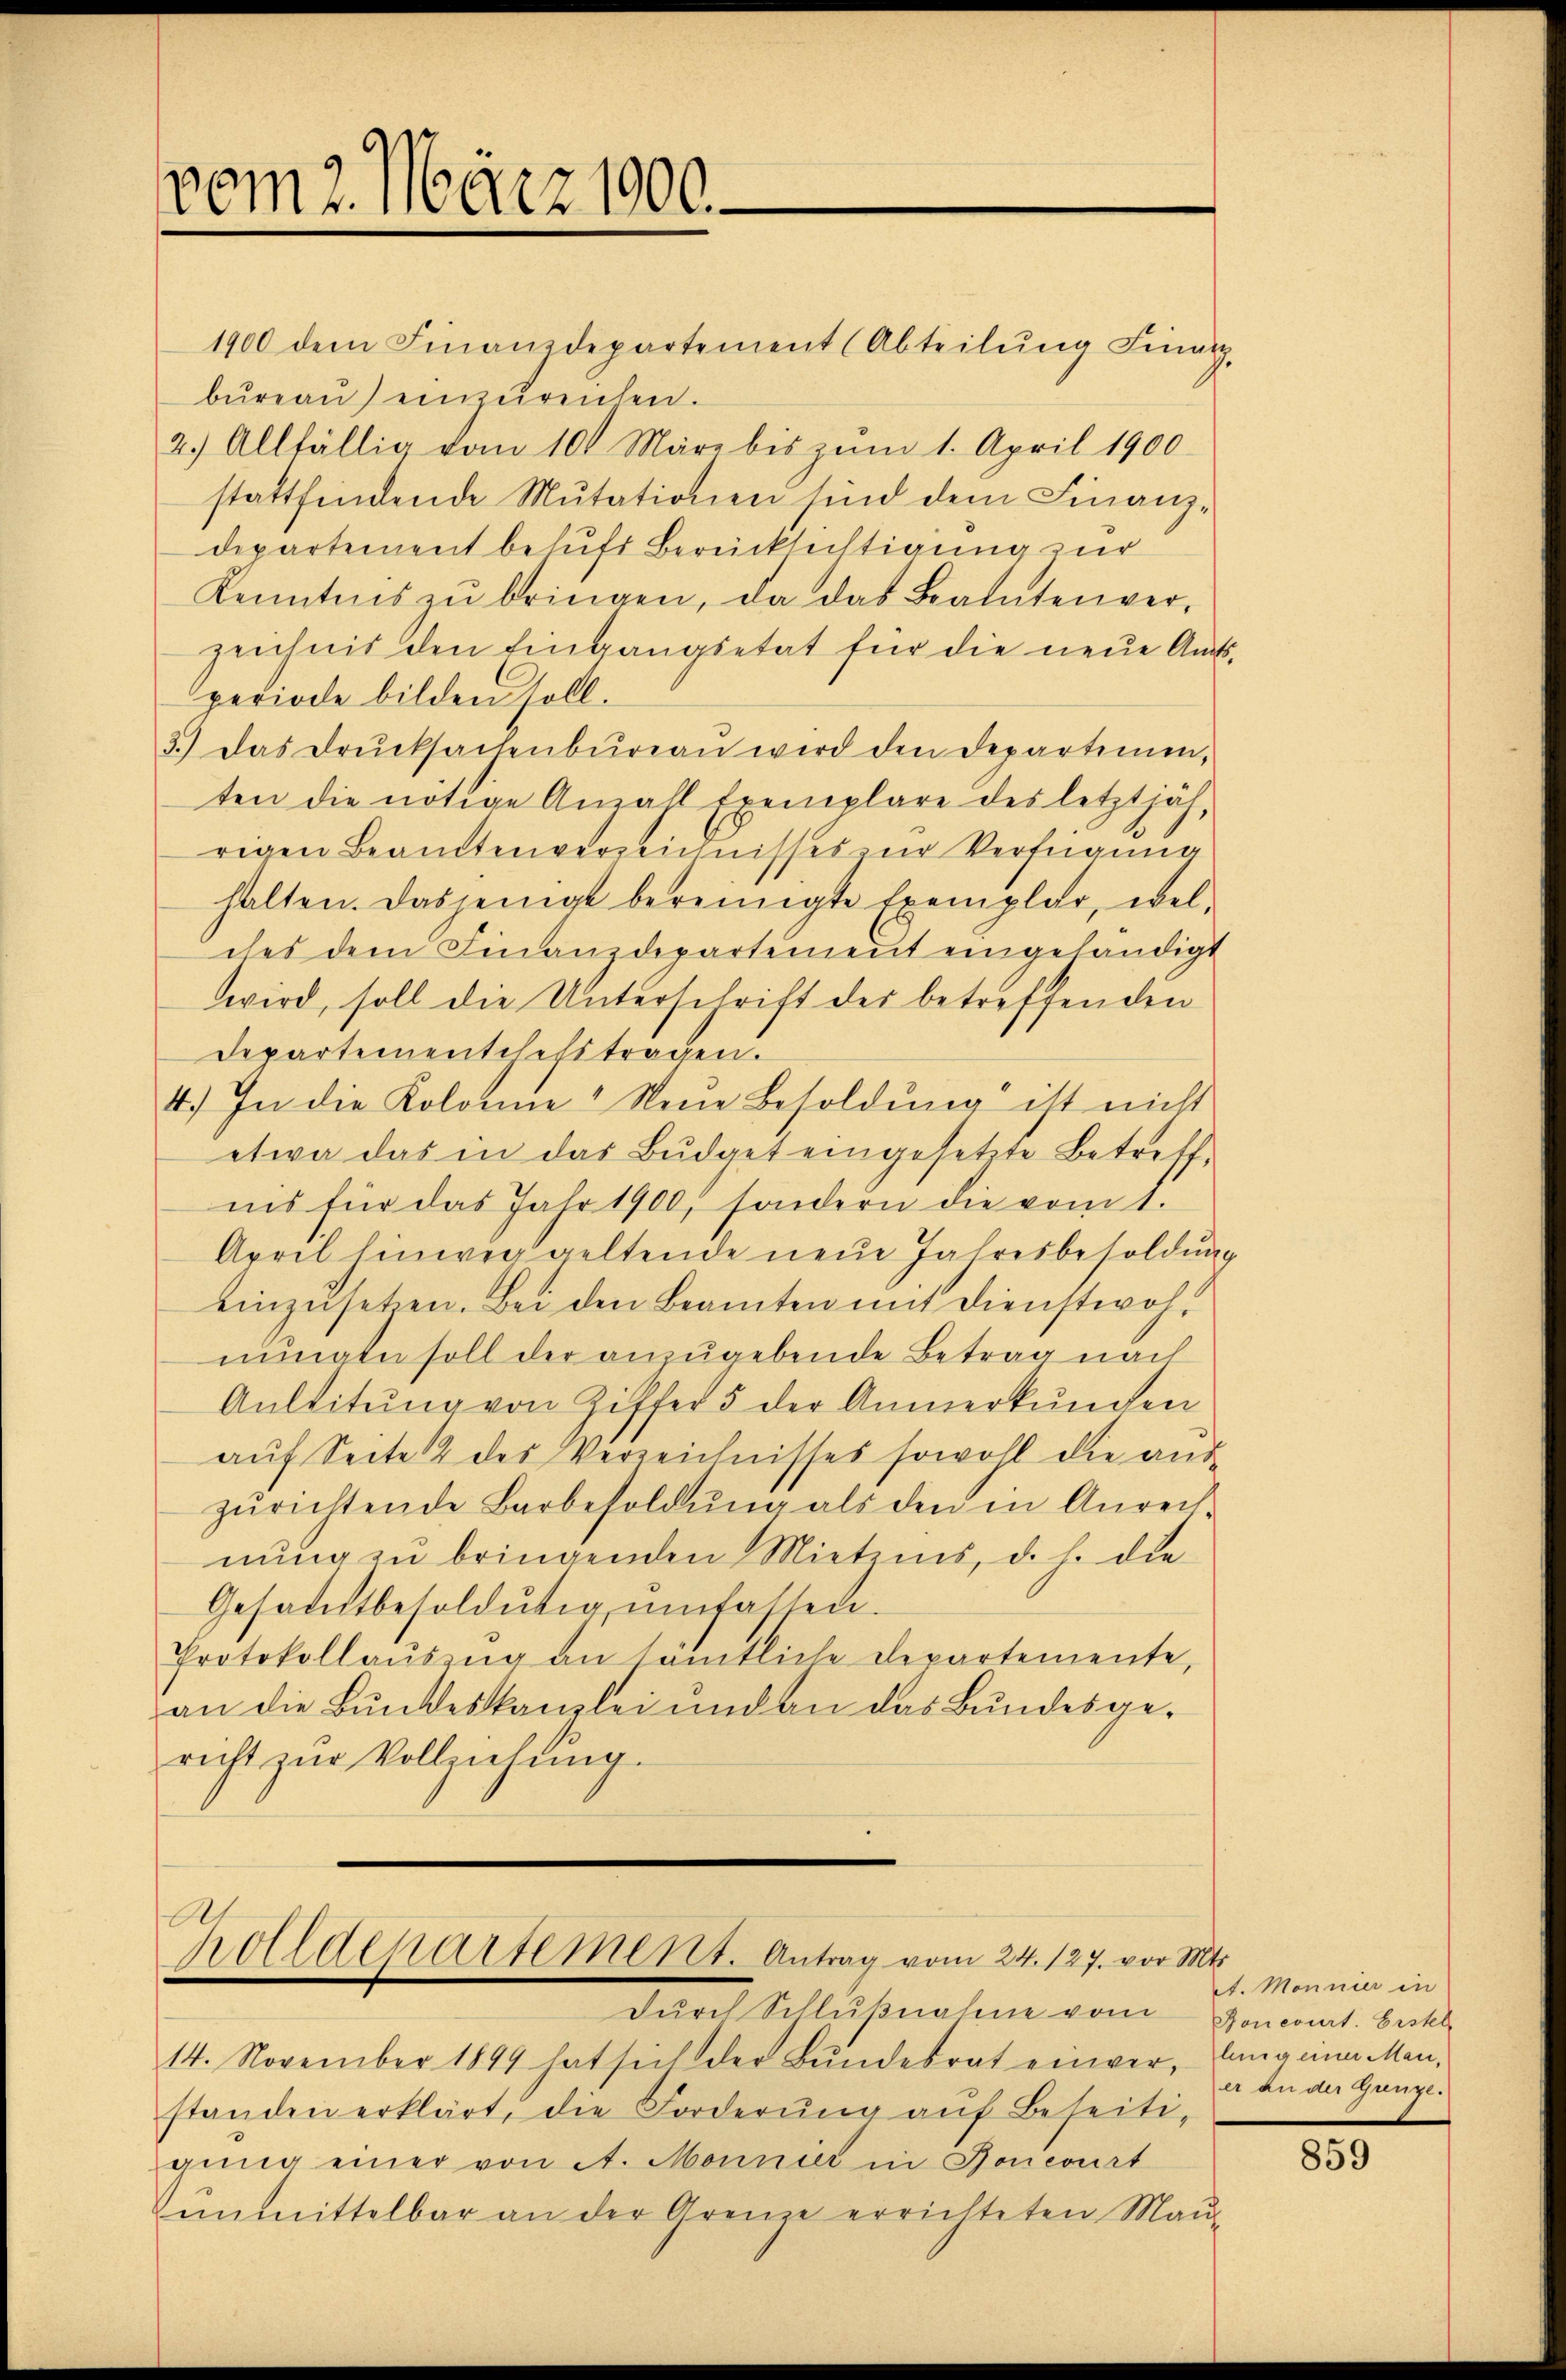
vom 2. März 1900.

1900 dem Finanzdepartement (Abteilŭng Finanz,
büreaŭ) einzŭreichen.
2.) Allfällig vom 10. März bis zŭm 1. April 1900
stattfindende Mutationen sind dem Finanzdepartement behufs Berücksichtigung zur
Kenntnis zŭ bringen, da das Bautenver-
zeichnis den Eingangsetat für die neue Amtsperiode bilden soll.
3.) Das Drŭcksachenbüreaŭ wird den Departemen,
ten die nötige Anzahl Exemplare des letztjährigen Beamtenverzeichnisses zur Verfügung
halten. Dasjenige bereinigte Exemplar, welches dem Finanzdepartement eingehändigt
wird, soll die Unterschrift der betreffenden
Departementchefstragen.
4.) In die Kolonie" Neue Besoldung ist nicht
etwa das in das Büdget eingesetzte Betreff
nis für das Jahr 1900, sondern die vom 1.
April hinwig geltende neue Jahresbesoldung
einzŭsetzen. Bei den Beamten mit Dienstwol
nungen soll der anzugebende Betrag nach
Anleitŭng von Ziffer 5 der Anmerkŭngen
auf Seite 2 des Verzeichnisses sowohl die auszŭrichtende Barbesoldŭng als den in Anreit
nung zu bringenden Mietzens, d. h. die
Gesamtbesoldŭtig umfassen.
Protokollaŭszŭg an sämtliche Departemente,
an die Bundeskanzlei und an das Bundesgerecht zŭr Vollziehung.

holldepartement. Antrag vom 24. 127. vor.
darch Schlußnahme vom

14. November 1899 hat sich der Bundesrat einver, Langina Men,
standen erklärt, die Forderŭng aŭf Beseiti-
gŭng einer von A. Monnier in Boncourt
ŭnmittelbar an der Grenze errichteten Maŭ-

Mt.
t. Monnier in
Roncourt. Erstel
er an der Grenze.

859